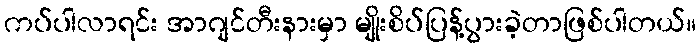
ကပ်ပါလာရင်း အာဂျင်တီးနားမှာ မျိုးစိပ်ပြန့်ပွားခဲ့တာဖြစ်ပါတယ်။